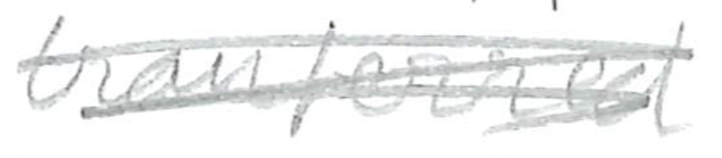
Text: transferred
Cross-out: scratch
Writing tool: pencil